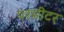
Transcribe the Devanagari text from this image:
परमीटर